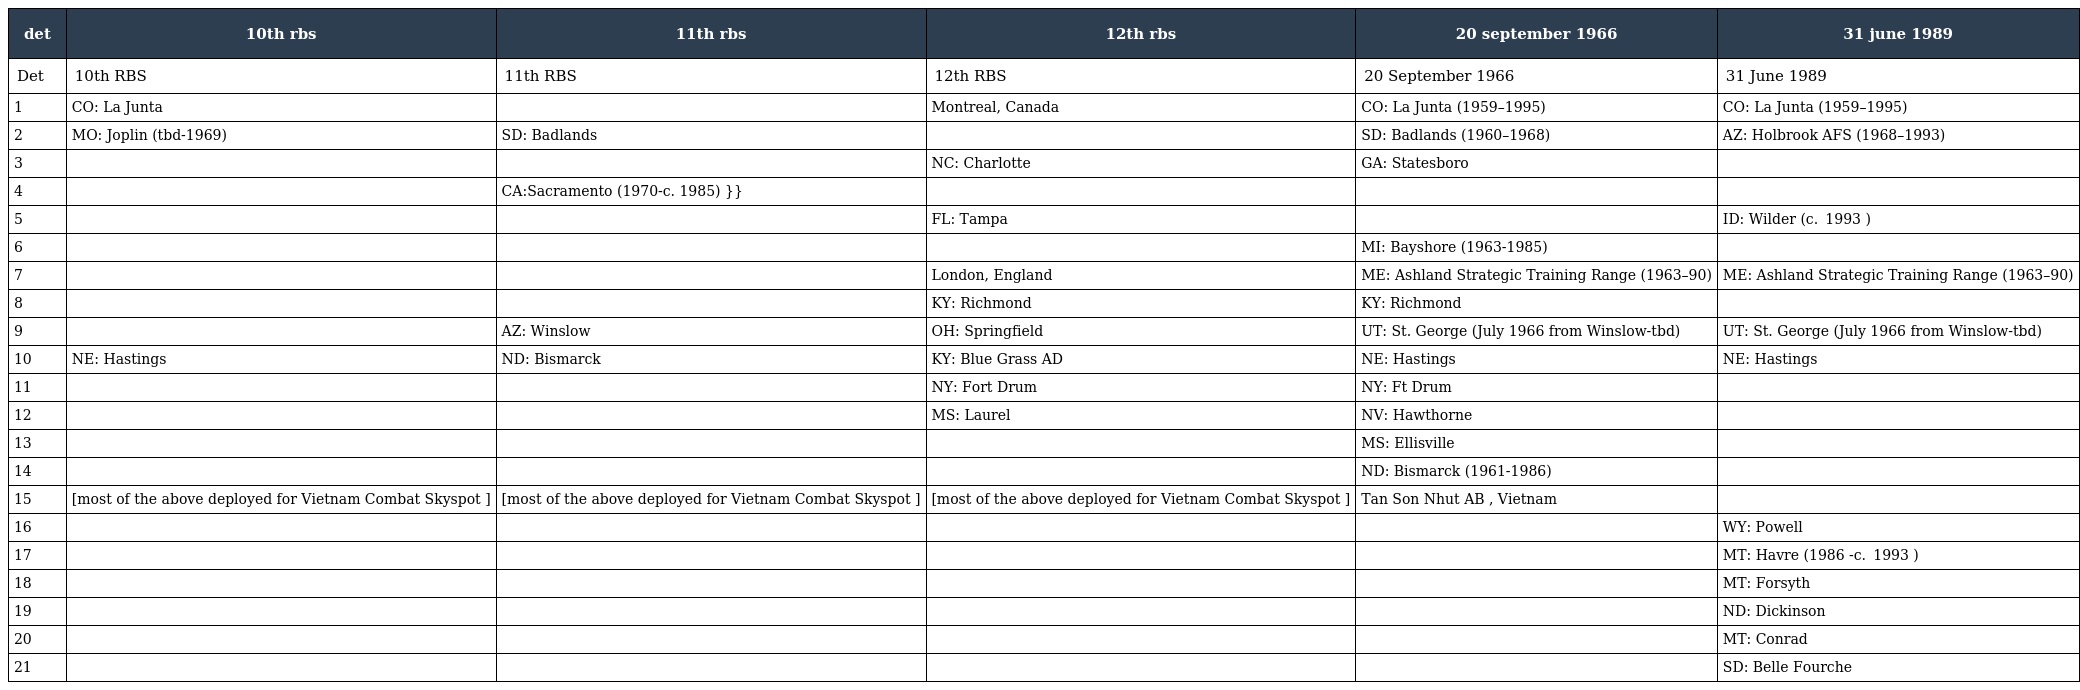
| det | 10th rbs | 11th rbs | 12th rbs | 20 september 1966 | 31 june 1989 |
 | --- | --- | --- | --- | --- | --- |
 | Det | 10th RBS | 11th RBS | 12th RBS | 20 September 1966 | 31 June 1989 |
 | 1 | CO: La Junta |  | Montreal, Canada | CO: La Junta (1959–1995) | CO: La Junta (1959–1995) |
 | 2 | MO: Joplin (tbd-1969) | SD: Badlands |  | SD: Badlands (1960–1968) | AZ: Holbrook AFS (1968–1993) |
 | 3 |  |  | NC: Charlotte | GA: Statesboro |  |
 | 4 |  | CA:Sacramento (1970-c. 1985) }} |  |  |  |
 | 5 |  |  | FL: Tampa |  | ID: Wilder (c.  1993 ) |
 | 6 |  |  |  | MI: Bayshore (1963-1985) |  |
 | 7 |  |  | London, England | ME: Ashland Strategic Training Range (1963–90) | ME: Ashland Strategic Training Range (1963–90) |
 | 8 |  |  | KY: Richmond | KY: Richmond |  |
 | 9 |  | AZ: Winslow | OH: Springfield | UT: St. George (July 1966 from Winslow-tbd) | UT: St. George (July 1966 from Winslow-tbd) |
 | 10 | NE: Hastings | ND: Bismarck | KY: Blue Grass AD | NE: Hastings | NE: Hastings |
 | 11 |  |  | NY: Fort Drum | NY: Ft Drum |  |
 | 12 |  |  | MS: Laurel | NV: Hawthorne |  |
 | 13 |  |  |  | MS: Ellisville |  |
 | 14 |  |  |  | ND: Bismarck (1961-1986) |  |
 | 15 | [most of the above deployed for Vietnam Combat Skyspot ] | [most of the above deployed for Vietnam Combat Skyspot ] | [most of the above deployed for Vietnam Combat Skyspot ] | Tan Son Nhut AB , Vietnam |  |
 | 16 |  |  |  |  | WY: Powell |
 | 17 |  |  |  |  | MT: Havre (1986 -c.  1993 ) |
 | 18 |  |  |  |  | MT: Forsyth |
 | 19 |  |  |  |  | ND: Dickinson |
 | 20 |  |  |  |  | MT: Conrad |
 | 21 |  |  |  |  | SD: Belle Fourche |